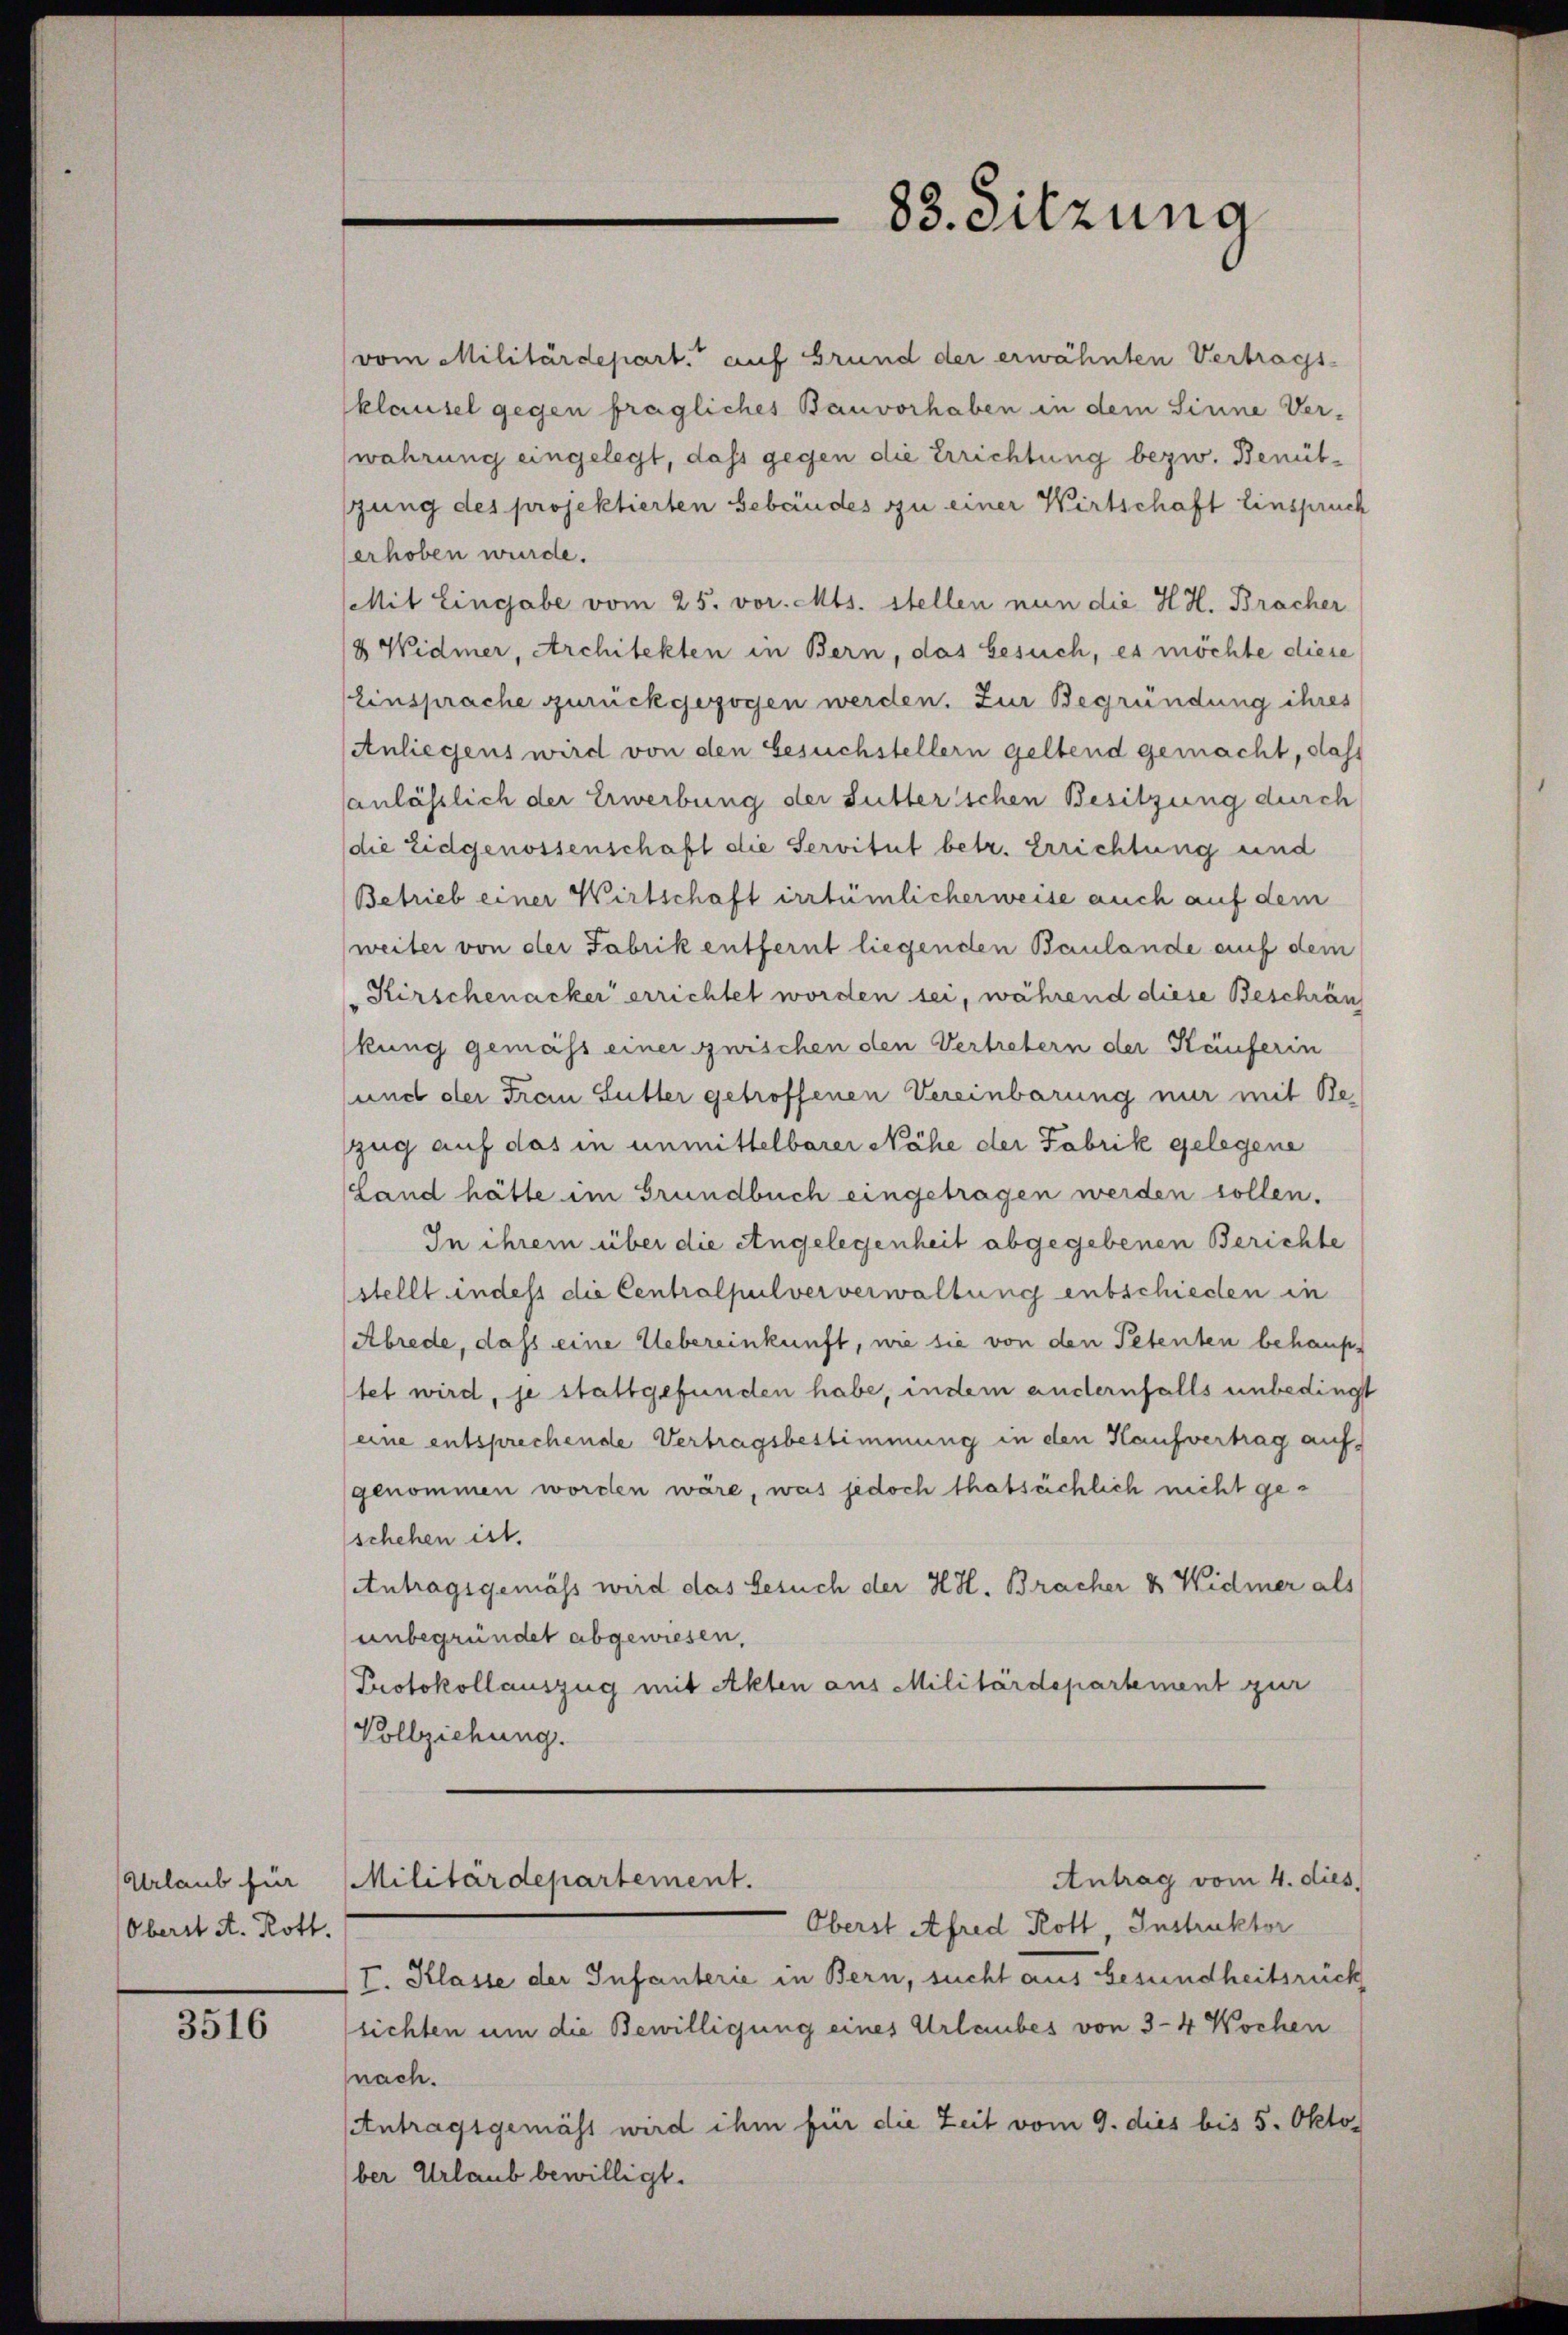
Urlaub für
Oberst A. Rott.

3516

88. Sitzung

(vom Militärdepart. auf Grund der erwähnten Vertrags-
klausel gegen fragliches Bauvorhaben in dem Sinne Ver-
wahrung eingelegt, dass gegen die Errichtung bezw. Bentzung des projektierten Gebäudes zu einer Wirtschaft Einspruch
erhoben wurde.
(Mit Eingabe vom 25. vor. Mts. stellen nun die H.H. Bracher
18 Widmer, Architekten in Bern, das besuch, es möchte diese
Einsprache zurückgezogen werden. Zur Begründung ihres
Anliegens wird von den Gesuchstellern geltend gemacht, daß
anlässlich der Erwerbung der Sutterschen Besitzung durch
die Eidgenossenschaft die Servitut betr. Errichtung und
Betrieb einer Wirtschaft irrtümlicherweise auch auf dem
(weiter von der Fabrik entfernt liegenden Baulande auf dem
Kirschenacker errichtet worden sei, während diese Beschrän
kung gemäss einer zwischen den Vertretern der Käuferin
und der Frau Sutter getroffenen Vereinbarung nur mit Beszug auf das in unmittelbarer Nähe der Fabrik gelegene
Land hätte im Grundbuch eingetragen werden sollen.
In ihrem über die Angelegenheit abgegebenen Berichte
stellt indess die Centralpulververwaltung entschieden in
Abrede, dass eine Uebereinkunft, wie sie von den Petenten behaupt
stet wird, je stattgefunden habe, indem andernfalls unbedingt
(eine entsprechende Vertragsbestimmung in den Haufvertrag aufgenommen worden wäre, was jedoch thatsächlich nicht geschehen ist.
Antragsgemäss wird das Gesuch der HH. Bracher & Widmer als
unbegründet abgewiesen,
Protokollauszug mit Akten aus Militärdepartement zur
Vollziehung.

Antrag vom 4. dies
Militärdepartement.

Oberst Afred Rott, Instruktor
I. Klasse der Infanterie in Bern, sucht aus Gesundheitsrück
sichten um die Bewilligung eines Urlaubes von 3–4 Wochen
nach.
Antragsgemäss wird ihm für die Zeit vom 9. dies bis 5. Oktober Urlaub bewilligt.